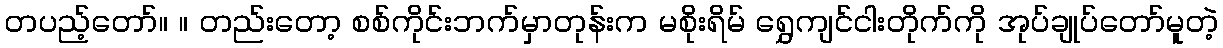
တပည့်တော်။ ။ တည်းတော့ စစ်ကိုင်းဘက်မှာတုန်းက မစိုးရိမ် ရွှေကျင်ငါးတိုက်ကို အုပ်ချုပ်တော်မူတဲ့